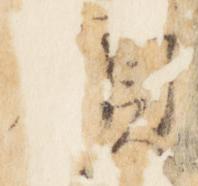
領